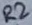
Text: R2